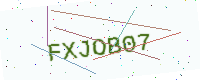
Text: FXJOB07